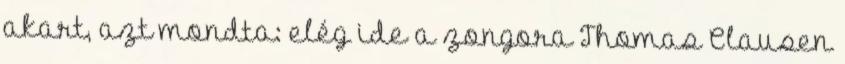
akart, azt mondta: elég ide a zongora Thomas Clausen